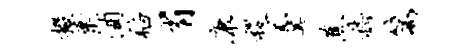
掇叶酒稻省康稷羹蕉嵇篙